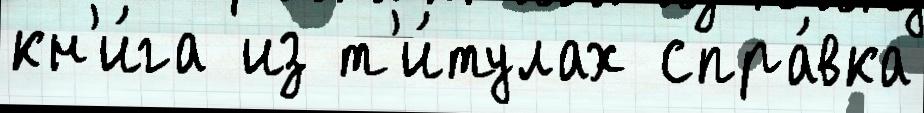
кн'и́га из т'и́тулах спра́вка